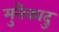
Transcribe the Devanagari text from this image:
मुत्तैकादु